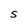
Character: S